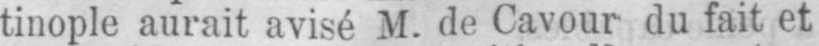
tinople aurait avisé M. de Cavour du fait et